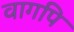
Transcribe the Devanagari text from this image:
वागपि